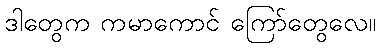
ဒါတွေက ကမာကောင် ကြော်တွေလေ။